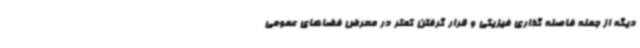
دیگه از جمله فاصله گذاری فیزیکی و قرار گرفتن کمتر در معرض فضاهای عمومی